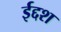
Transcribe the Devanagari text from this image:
ईद्दश